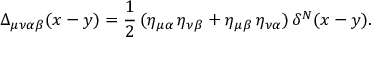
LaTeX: \Delta _ { \mu \nu \alpha \beta } ( x - y ) = \frac { 1 } { 2 } \, ( \eta _ { \mu \alpha } \, \eta _ { \nu \beta } + \eta _ { \mu \beta } \, \eta _ { \nu \alpha } ) \, \delta ^ { N } ( x - y ) .